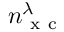
n _ { \mathrm { ~ x ~ c ~ } } ^ { \lambda }